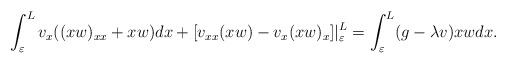
\begin{align*}\int_\varepsilon^L v_x((xw)_{xx} +xw)dx + [v_{xx} (xw) -v_x (xw)_x]\vert _\varepsilon ^L = \int_\varepsilon^L (g-\lambda v)xw dx. \end{align*}